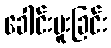
ခေါင်းမူးခြင်း